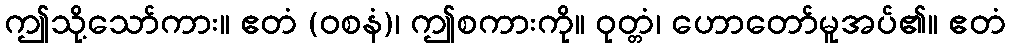
ဤသို့သော်ကား။ ဧတံ (ဝစနံ)၊ ဤစကားကို။ ဝုတ္တံ၊ ဟောတော်မူအပ်၏။ ဧတံ